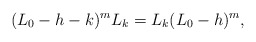
\begin{align*}(L_0 - h - k)^m L_k = L_k (L_0 - h)^m,\end{align*}